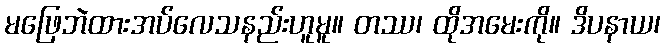
မဖြေဘဲထားအပ်လေသနည်းဟူမူ။ တဿ၊ ထိုအမေးကို။ ဒိပနာယ၊